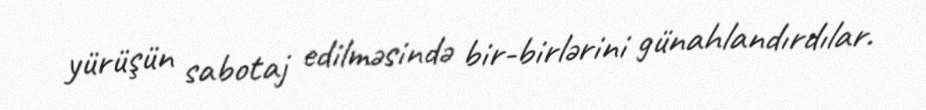
yürüşün sabotaj edilməsində bir-birlərini günahlandırdılar.